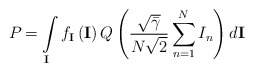
\begin{align*}{{P}_{}}=\int\limits_{\mathbf{I}}{{{f}_{\mathbf{I}}}}\left( \mathbf{I} \right)Q\left( \frac{\sqrt{{\bar{\gamma }}}}{N\sqrt{2}}\sum\limits_{n=1}^{N}{{{I}_{n}}} \right)d\mathbf{I}\end{align*}